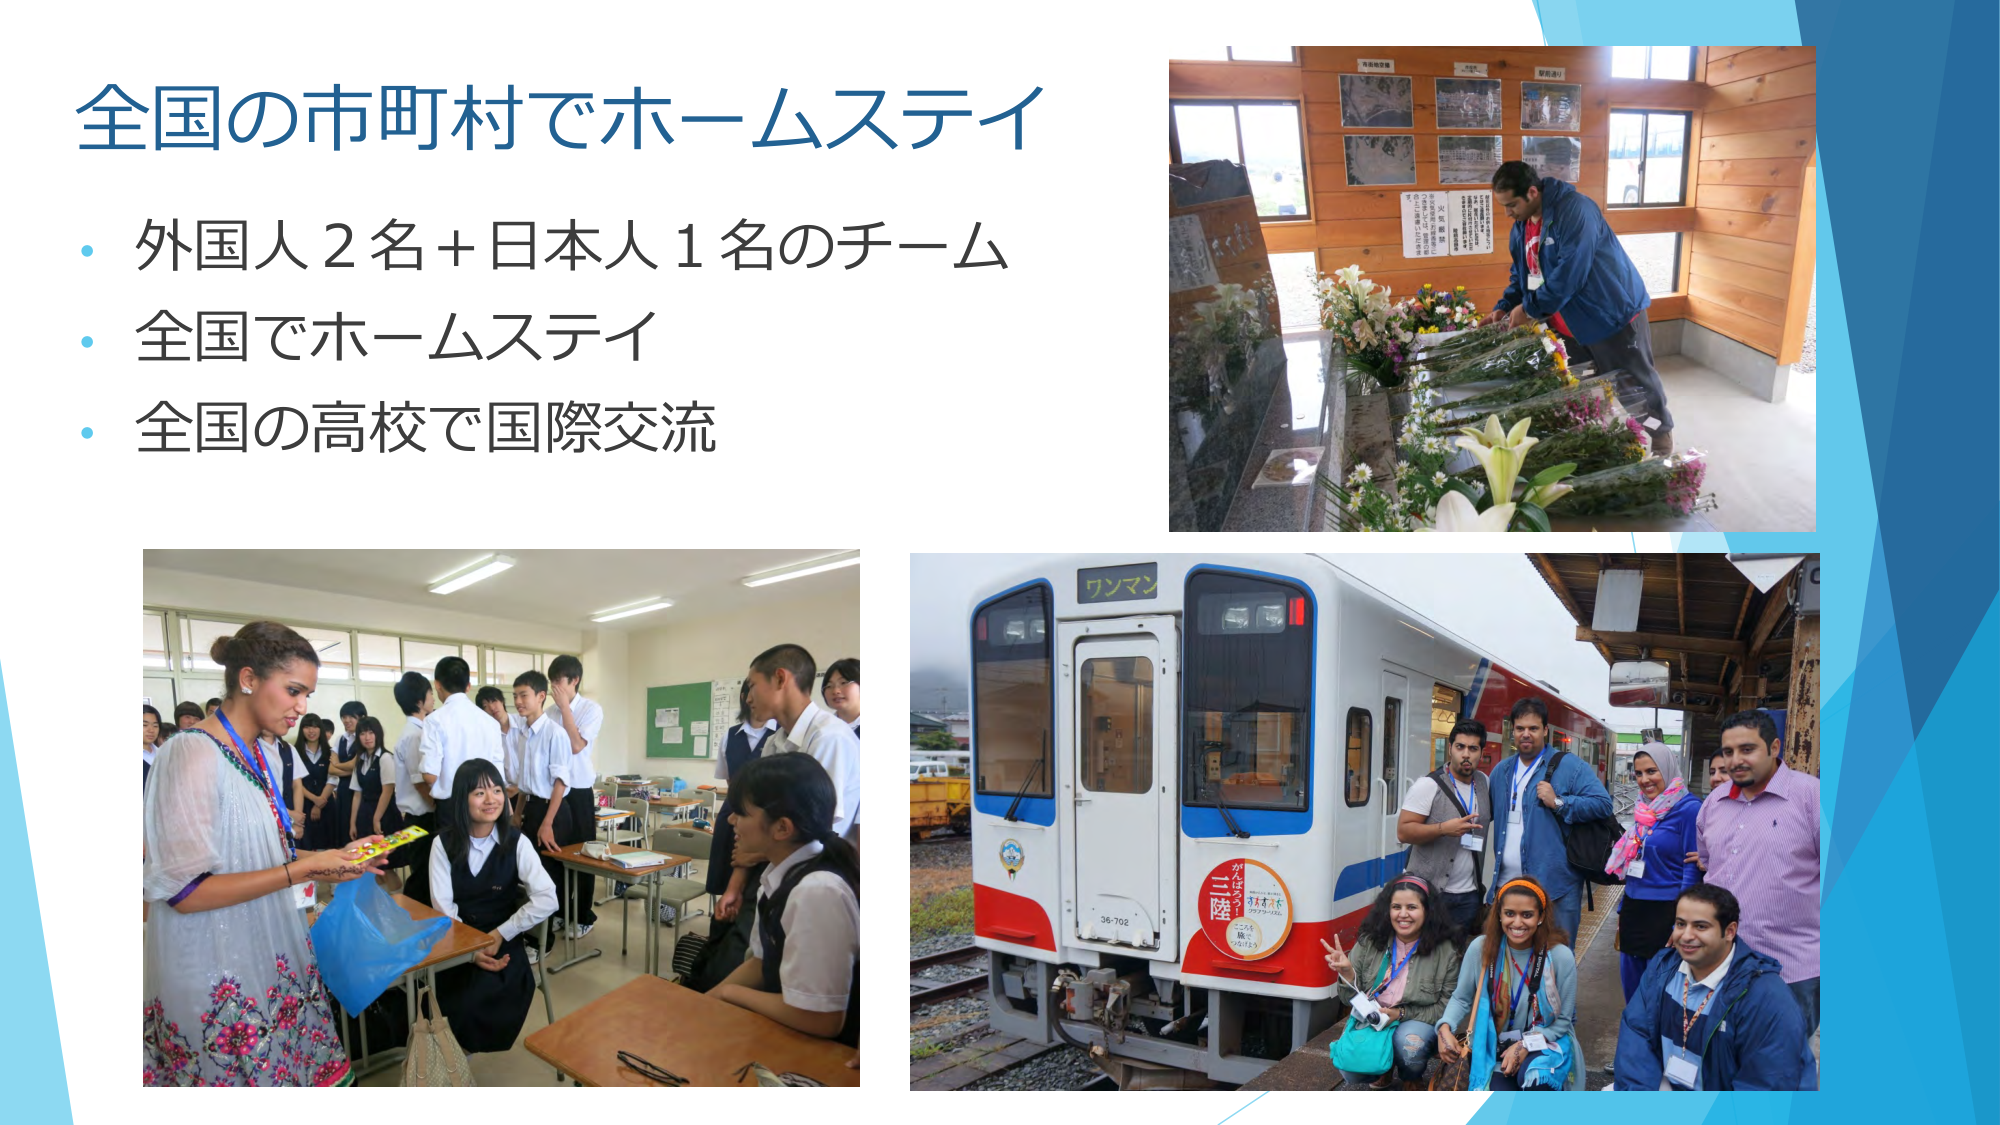
全国の市町村でホームステイ
・外国人2名+日本人1名のチーム
・全国でホームステイ
・全国の高校で国際交流
ワンマン
36-702
三陸
がんばろう
オオオオオ
ココを
旅で
つなげよう